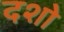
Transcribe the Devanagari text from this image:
दशो